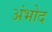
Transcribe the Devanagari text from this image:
अंभोद